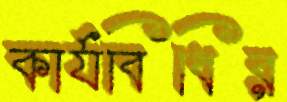
কার্যবিধির